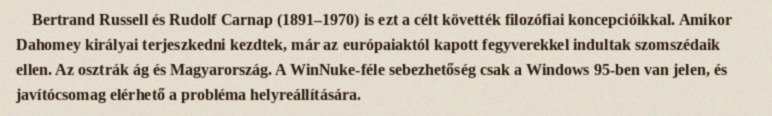
Bertrand Russell és Rudolf Carnap (1891–1970) is ezt a célt követték filozófiai koncepcióikkal. Amikor Dahomey királyai terjeszkedni kezdtek, már az európaiaktól kapott fegyverekkel indultak szomszédaik ellen. Az osztrák ág és Magyarország. A WinNuke-féle sebezhetőség csak a Windows 95-ben van jelen, és javítócsomag elérhető a probléma helyreállítására.